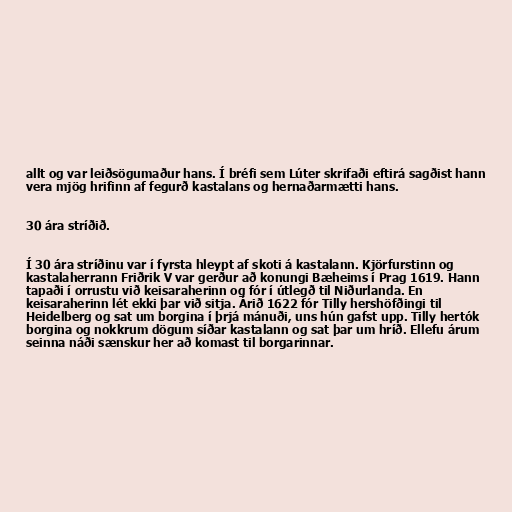
allt og var leiðsögumaður hans. Í bréfi sem Lúter skrifaði eftirá sagðist hann
vera mjög hrifinn af fegurð kastalans og hernaðarmætti hans.

30 ára stríðið.

Í 30 ára stríðinu var í fyrsta hleypt af skoti á kastalann. Kjörfurstinn og
kastalaherrann Friðrik V var gerður að konungi Bæheims í Prag 1619. Hann
tapaði í orrustu við keisaraherinn og fór í útlegð til Niðurlanda. En
keisaraherinn lét ekki þar við sitja. Árið 1622 fór Tilly hershöfðingi til
Heidelberg og sat um borgina í þrjá mánuði, uns hún gafst upp. Tilly hertók
borgina og nokkrum dögum síðar kastalann og sat þar um hríð. Ellefu árum
seinna náði sænskur her að komast til borgarinnar.